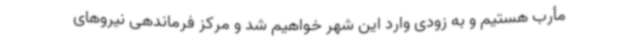
مأرب هستیم و به زودی وارد این شهر خواهیم شد و مرکز فرماندهی نیروهای